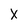
Character: x